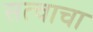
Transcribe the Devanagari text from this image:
सत्वाचा